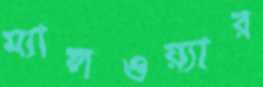
ম্যালওয়্যার